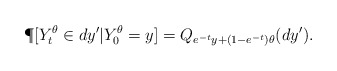
\begin{align*}\P[Y^\theta_t\in dy'|Y^\theta_0=y]=Q_{e^{-t}y+(1-e^{-t})\theta}(dy').\end{align*}